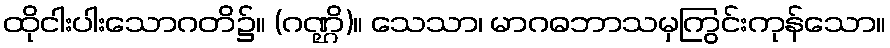
ထိုငါးပါးသောဂတိ၌။ (ဂဏ္ဌိ)။ သေသာ၊ မာဂဓဘာသမှကြွင်းကုန်သော။